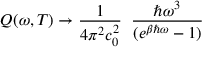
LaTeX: Q ( \omega , T ) \to \frac { 1 } { 4 \pi ^ { 2 } c _ { 0 } ^ { 2 } } \; \; \frac { \hbar \omega ^ { 3 } } { ( e ^ { \beta \hbar \omega } - 1 ) }